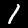
Digit: 1